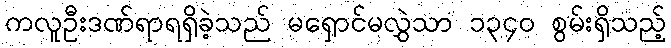
ကလူဦးဒဏ်ရာရရှိခဲ့သည် မရှောင်မလွှဲသာ ၁၃၄၀ စွမ်းရှိသည့်